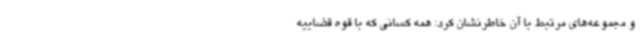
و مجموعه‌های مرتبط با آن خاطرنشان کرد: همه کسانی که با قوه قضاییه